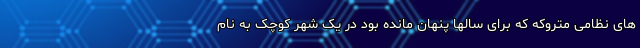
های نظامی متروکه که برای سالها پنهان مانده بود در یک شهر کوچک به نام